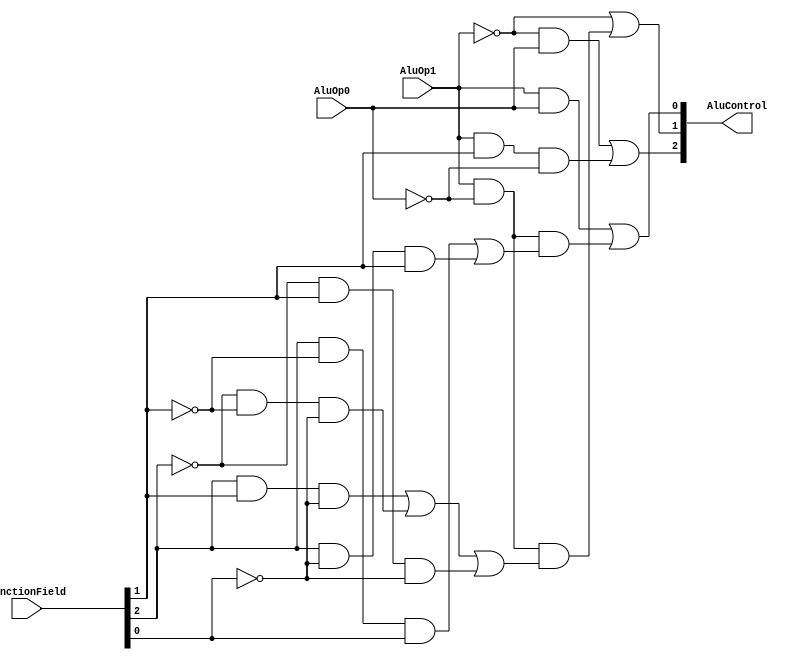
module AluControl(AluOp0,AluOp1,FunctionField,AluControl);

input AluOp0,AluOp1;
input [5:0] FunctionField;

output [2:0] AluControl;

wire and1,and2,and3,and4,and5,and6,and7,and8,and9,and10,and11,and12,or1,or2;
wire notop1,notop0,notf2,notf1,notf0;

not(notop1,AluOp1);
not(notop0,AluOp0);
not(notf2,FunctionField[2]);
not(notf1,FunctionField[1]);
not(notf0,FunctionField[0]);
//AluControl  2
and(and1,notop1,AluOp0);
and(and2,AluOp1,FunctionField[1],notop0);
or(AluControl[2],and1,and2);

//AluControl  1
and(and3,AluOp1,notop0);
and(and4,FunctionField[2],FunctionField[1],notf0);
and(and5,notf2,notf1,notf0);
and(and6,notf2,FunctionField[1],notf0);
or(or1,and4,and5,and6);
and(and11,and3,or1);
or(AluControl[1],notop1,and11);

//AluControl 0
and(and7,AluOp1,AluOp0);
and(and8,AluOp1,notop0);
and(and9,FunctionField[2],notf1,FunctionField[0]);
and(and10,FunctionField[2],notf0,FunctionField[1]);
or(or2,and9,and10);
and(and12,and8,or2);
or(AluControl[0],and7,and12);
 





endmodule